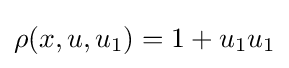
\rho (x,u,u_{1})=1+u_{1}u_{1}